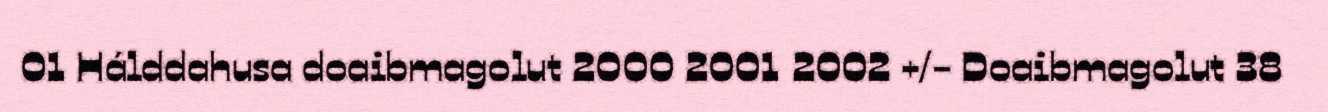
01 Hálddahusa doaibmagolut 2000 2001 2002 +/- Doaibmagolut 38